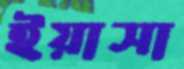
ইয়াসা